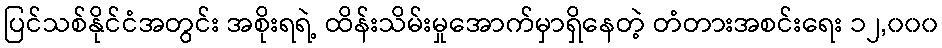
ပြင်သစ်နိုင်ငံအတွင်း အစိုးရရဲ့ ထိန်းသိမ်းမှုအောက်မှာရှိနေတဲ့ တံတားအစင်းရေး ၁၂,၀၀၀